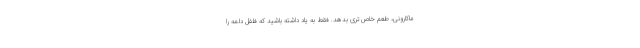
ماکارونی، طعم خاص‌تری بدهد. فقط به یاد داشته باشید که فلفل دلمه را